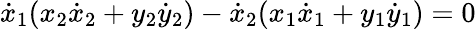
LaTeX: {\dot{x}}_{1}(x_{2}{\dot{x}}_{2}+y_{2}{\dot{y}}_{2})-{\dot{x}}_{2}(x_{1}{\dot{x}}_{1}+y_{1}{\dot{y}}_{1})=0